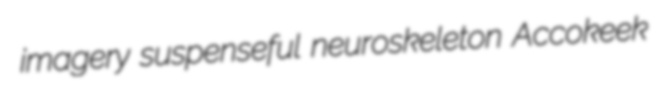
imagery suspenseful neuroskeleton Accokeek